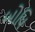
બોધિ